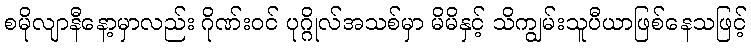
စမိုလျာနီနော့မှာလည်း ဂိုဏ်းဝင် ပုဂ္ဂိုလ်အသစ်မှာ မိမိနှင့် သိကျွမ်းသူပီယာဖြစ်နေသဖြင့်